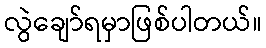
လွဲချော်ရမှာဖြစ်ပါတယ်။